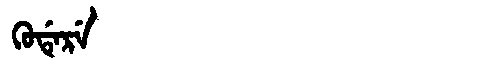
Manchu: ᡴᡠᡩᡝᡵᡝ
Romanization: KUDERE